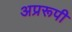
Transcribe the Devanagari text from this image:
अप्ररूपी